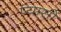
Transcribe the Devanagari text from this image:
प्यासों